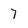
Character: 7